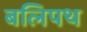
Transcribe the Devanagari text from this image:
बलिपथ